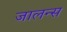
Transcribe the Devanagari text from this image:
जालन्स